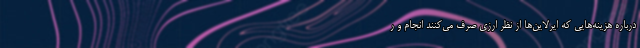
درباره هزینه‌هایی که ایرلاین‌ها از نظر ارزی صرف می‌کنند انجام و ر